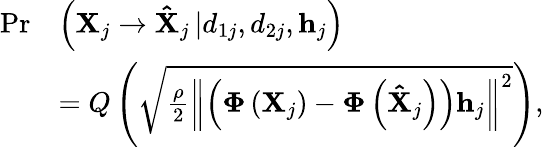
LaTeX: \begin{array}{rl}{\operatorname*{Pr}}&{\left({{{\mathbf{X}}_{j}}\to{{{\mathbf{\hat{X}}}}_{j}}\left|{{d_{1j}},{d_{2j}},{{\mathbf{h}}_{j}}}\right.}\right)}\\ &{=Q\left({\sqrt{\frac{\rho}{2}{{\left\| {\left({{\mathbf{\Phi}}\left({{{\mathbf{X}}_{j}}}\right)-{\mathbf{\Phi}}\left({{{{\mathbf{\hat{X}}}}_{j}}}\right)}\right){{\mathbf{h}}_{j}}}\right\| }^{2}}}}\right),}\end{array}